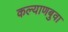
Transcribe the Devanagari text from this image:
कल्याणबुवा